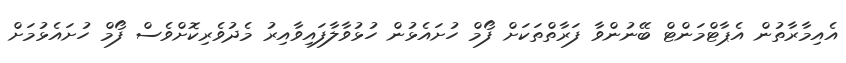
އެއިމާރާތުން އެޕާޓްމަންޓް ބޭނުންވާ ފަރާތްތަކަށް ފޯމް ހުށައެޅުން ހުޅުވާލާފައިވާއިރު މެދުވެރިކޮށްވެސް ފޯމް ހުށައެޅުމަށް